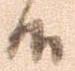
候